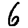
Digit: 6